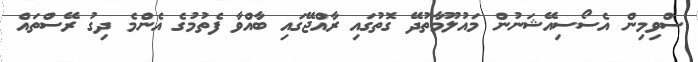
ސްވިމިން އެސޯސިއޭޝަނުން މައުލޫމާތުދޭ ގޮތުގައި ރާއްޖޭގައި ބާއްވާ ފެތުމުގެ އެންމެ ދިގު ރޭސްތައް